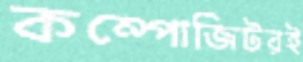
কম্পোজিটরই